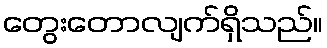
တွေးတောလျက်ရှိသည်။